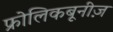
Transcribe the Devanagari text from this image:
फ्रोलिकबूनीज़